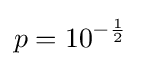
p=10^{-{\frac {1}{2}}}